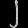
Digit: ၂